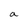
Character: a